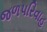
જળપરિવાહ